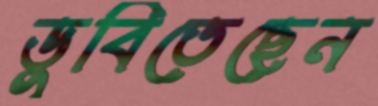
ডুবিতেছেন